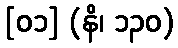
[၀၁] (နိ၊ ၁၃၀)